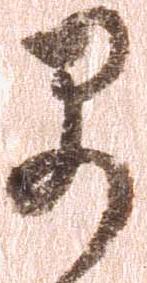
早